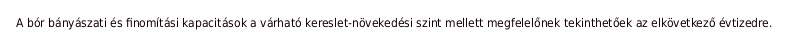
A bór bányászati és finomítási kapacitások a várható kereslet-növekedési szint mellett megfelelőnek tekinthetőek az elkövetkező évtizedre.